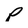
Character: p